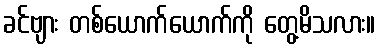
ခင်ဗျား တစ်ယောက်ယောက်ကို တွေ့မိသလား။